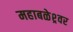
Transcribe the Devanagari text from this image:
महाबळेश्र्वर